Report on sanitation, dispensaries, and jails in Rajputana for 1921, and on vaccination for the year 1921-1922 - 1921-1922
Year: 1921
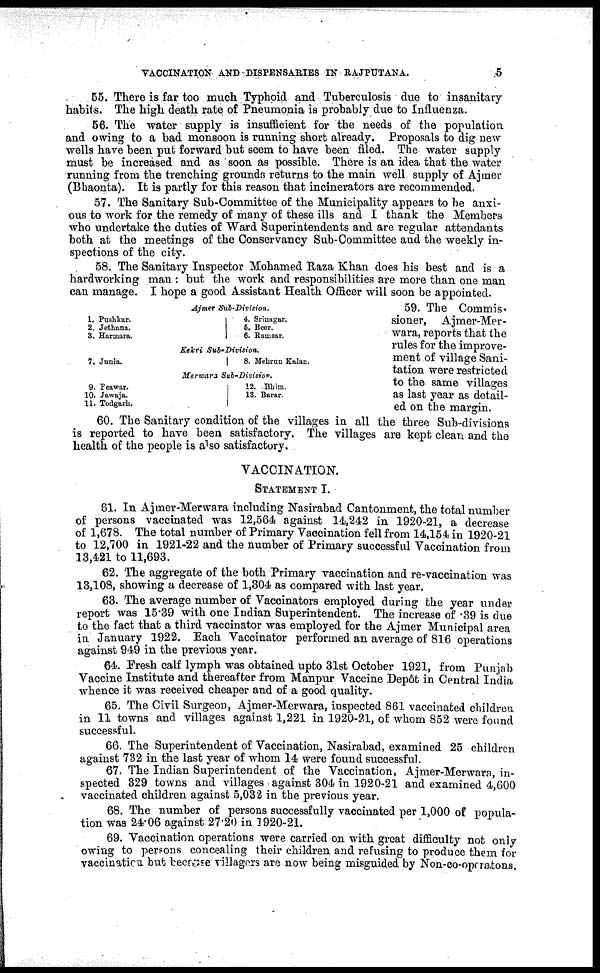
VACCINATION AND DISPENSARIES IN RAJPUTANA.
5
55. There is far too much Typhoid and Tuberculosis due to insanitary
habits. The high death rate of Pneumonia is probably due to Influenza.
56. The water supply is insufficient for the needs of the population
and owing to a bad monsoon is running short already. Proposals to dig new
wells have been put forward but seem to have been filed. The water supply
must be increased and as soon as possible. There is an idea that the water
running from the trenching grounds returns to the main well supply of Ajmer
(Bhaonta). It is partly for this reason that incinerators are recommended.
57. The Sanitary Sub-Committee of the Municipality appears to be anxi-
ous to work for the remedy of many of these ills and I thank the Members
who undertake the duties of Ward Superintendents and are regular attendants
both at the meetings of the Conservancy Sub-Committee and the weekly in-
spections of the city.
Ajmer
Sub-Division.
1. Pushkar.
2. Jethana.
3. Harmara.
4. Srinagar.
6. Beer.
6. Ranisar.
Kekri
Sub-Division.
7. Junia.
8. Mehrun Kalan.
Merwars Sub-Division.
9. Peawar.
10. Jawaja.
11. Todgarh.
12. .Bhim.
13. Barar.
58. The Sanitary Inspector Mohamed Raza Khan does his best and is a
hardworking man : but the work and responsibilities are more than one man
can manage. I hope a good Assistant Health Officer will soon be appointed.
59. The Commis¬
sioner, Ajmer-Mer¬
wara, reports that the
rules for the improve-
ment of village Sani-
tation were restricted
to the same villages
as last year as detail-
ed on the margin.
60. The Sanitary condition of the villages in all the three Sub-divisions
is reported to have been satisfactory. The villages are kept clean and the
health of the people is also satisfactory.
VACCINATION.
STATEMENT I.
61. In Ajmer-Merwara including Nasirabad Cantonment, the total number
of persons vaccinated was 12,564 against 14,242 in 1920-21, a decrease
of 1,678. The total number of Primary Vaccination fell from 14,154 in 1920-21
to 12,700 in 1921-22 and the number of Primary successful Vaccination from
13,421 to 11,693.
62. The aggregate of the both Primary vaccination and re-vaccination was
13,108, showing a decrease of 1,304 as compared with last year.
63. The average number of Vaccinators employed during the year under
report was 15.39 with one Indian Superintendent. The increase of .39 is due
to the fact that a third vaccinator was employed for the Ajmer Municipal area
in January 1922. Each Vaccinator performed an average of 816 operations
against 949 in the previous year.
64. Fresh calf lymph was obtained upto 31st October 1921, from Punjab
Vaccine Institute and thereafter from Manpur Vaccine Depôt in Central India
whence it was received cheaper and of a good quality.
65. The Civil Surgeon, Ajmer-Merwara, inspected 861 vaccinated children
in 11 towns and villages against 1,221 in 1920-21, of whom 852 were found
successful.
66. The Superintendent of Vaccination, Nasirabad, examined 25 children
against 732 in the last year of whom 14 were found successful.
67. The Indian Superintendent of the Vaccination, Ajmer-Merwara, in-
spected 329 towns and villages against 304 in 1920-21 and examined 4,600
vaccinated children against 5,032 in the previous year.
68. The number of persons successfully vaccinated per 1,000 of popula-
tion was 24.06 against 27.20 in 1920-21.
69. Vaccination operations were carried on with great difficulty not only
owing to persons concealing their children and refusing to produce them for
vaccination but because villagers are now being misguided by Non-co-operatons.